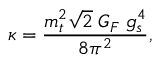
\kappa = \frac { m _ { t } ^ { 2 } \sqrt { 2 } \; G _ { F } \; g _ { s } ^ { 4 } } { 8 \pi ^ { 2 } } ,